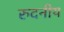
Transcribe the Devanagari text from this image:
रुदनीय